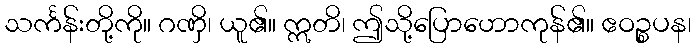
သင်္ကန်းတို့ကို။ ဂဏှိ၊ ယူ၏။ ဣတိ၊ ဤသို့ပြောဟောကုန်၏။ ဧဝဉ္စပန၊